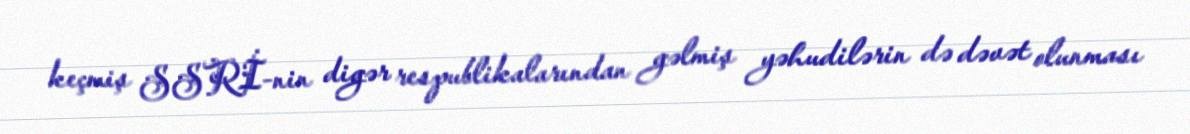
keçmiş SSRİ-nin digər respublikalarından gəlmiş yəhudilərin də dəvət olunması